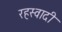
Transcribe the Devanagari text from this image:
रहस्वादी